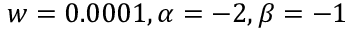
w = 0 . 0 0 0 1 , \alpha = - 2 , \beta = - 1